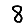
Digit: 8